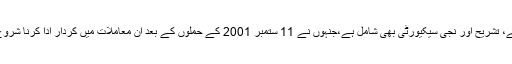
دفاعی کنٹریکٹر میں انٹیلی جنس تجزیہ، ترجمے، تشریح اور نجی سیکیورٹی بھی شامل ہے،جنہوں نے 11 ستمبر 2001 کے حملوں کے بعد اُن معاملات میں کردار ادا کرنا شروع کردیا جو کبھی سرکاری افواج ادا کرتی تھیں۔